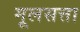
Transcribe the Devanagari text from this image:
मूलसत्ता